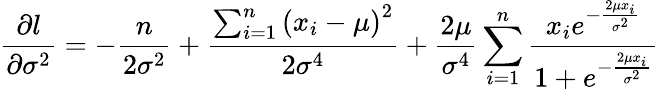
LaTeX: {\frac{\partial l}{\partial\sigma^{2}}}=-{\frac{n}{2\sigma^{2}}}+{\frac{\sum_{i=1}^{n}\left(x_{i}-\mu\right)^{2}}{2\sigma^{4}}}+{\frac{2\mu}{\sigma^{4}}}\sum_{i=1}^{n}{\frac{x_{i}e^{-{\frac{2\mu x_{i}}{\sigma^{2}}}}}{1+e^{-{\frac{2\mu x_{i}}{\sigma^{2}}}}}}